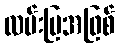
လမ်းပြအဖြစ်